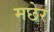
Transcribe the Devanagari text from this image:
मछेर